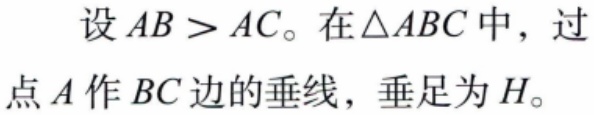
设 \(AB > AC\)。在\(\triangle ABC\)中，过点 \(A\) 作 \(BC\) 边的垂线，垂足为 \(H\)。